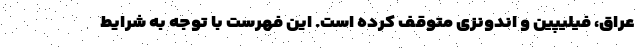
عراق، فیلیپین و اندونزی متوقف کرده است. این فهرست با توجه به شرایط